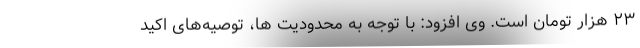
۲۳ هزار تومان است. وی افزود: با توجه به محدودیت ها، توصیه‌های اکید